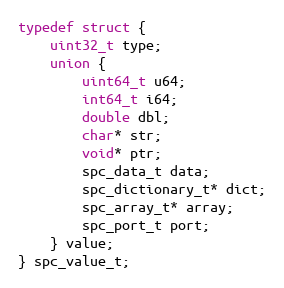
Language: C
typedef struct {
    uint32_t type;
    union {
        uint64_t u64;
        int64_t i64;
        double dbl;
        char* str;
        void* ptr;
        spc_data_t data;
        spc_dictionary_t* dict;
        spc_array_t* array;
        spc_port_t port;
    } value;
} spc_value_t;